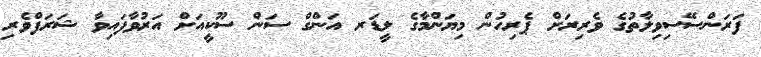
ފަރަންސޭސިވިލާތުގެ ވެރިރަށް ޕެރިހުން މިޔަންމާގެ ލީޑަރ އަންގް ސަން ސޫކީއަށް އަރުވާފައިވާ ޝަރަފްވެރި